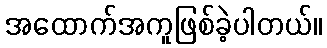
အထောက်အကူဖြစ်ခဲ့ပါတယ်။